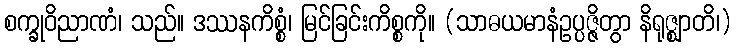
စက္ခုဝိညာဏံ၊ သည်။ ဒဿနကိစ္စံ၊ မြင်ခြင်းကိစ္စကို။ (သာဓယမာနံဥပ္ပဇ္ဇိတွာ နိရုဇ္ဈာတိ၊)